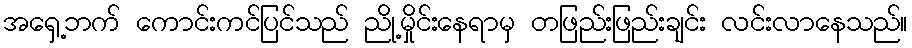
အရှေ့ဘက် ကောင်းကင်ပြင်သည် ညို့မှိုင်းနေရာမှ တဖြည်းဖြည်းချင်း လင်းလာနေသည်။